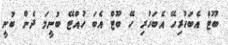
ބޫޓް އެބަހުރިހޭ އެބަހުރި ހޭ ބޫޓް އެބަ ހުއްޓޭ ބުނީމަ ދެން ބުނީ